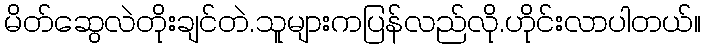
မိတ်ဆွေလဲတိုးချင်တဲ.သူများကပြန်လည်လို.ဟိုင်းလာပါတယ်။